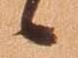
候